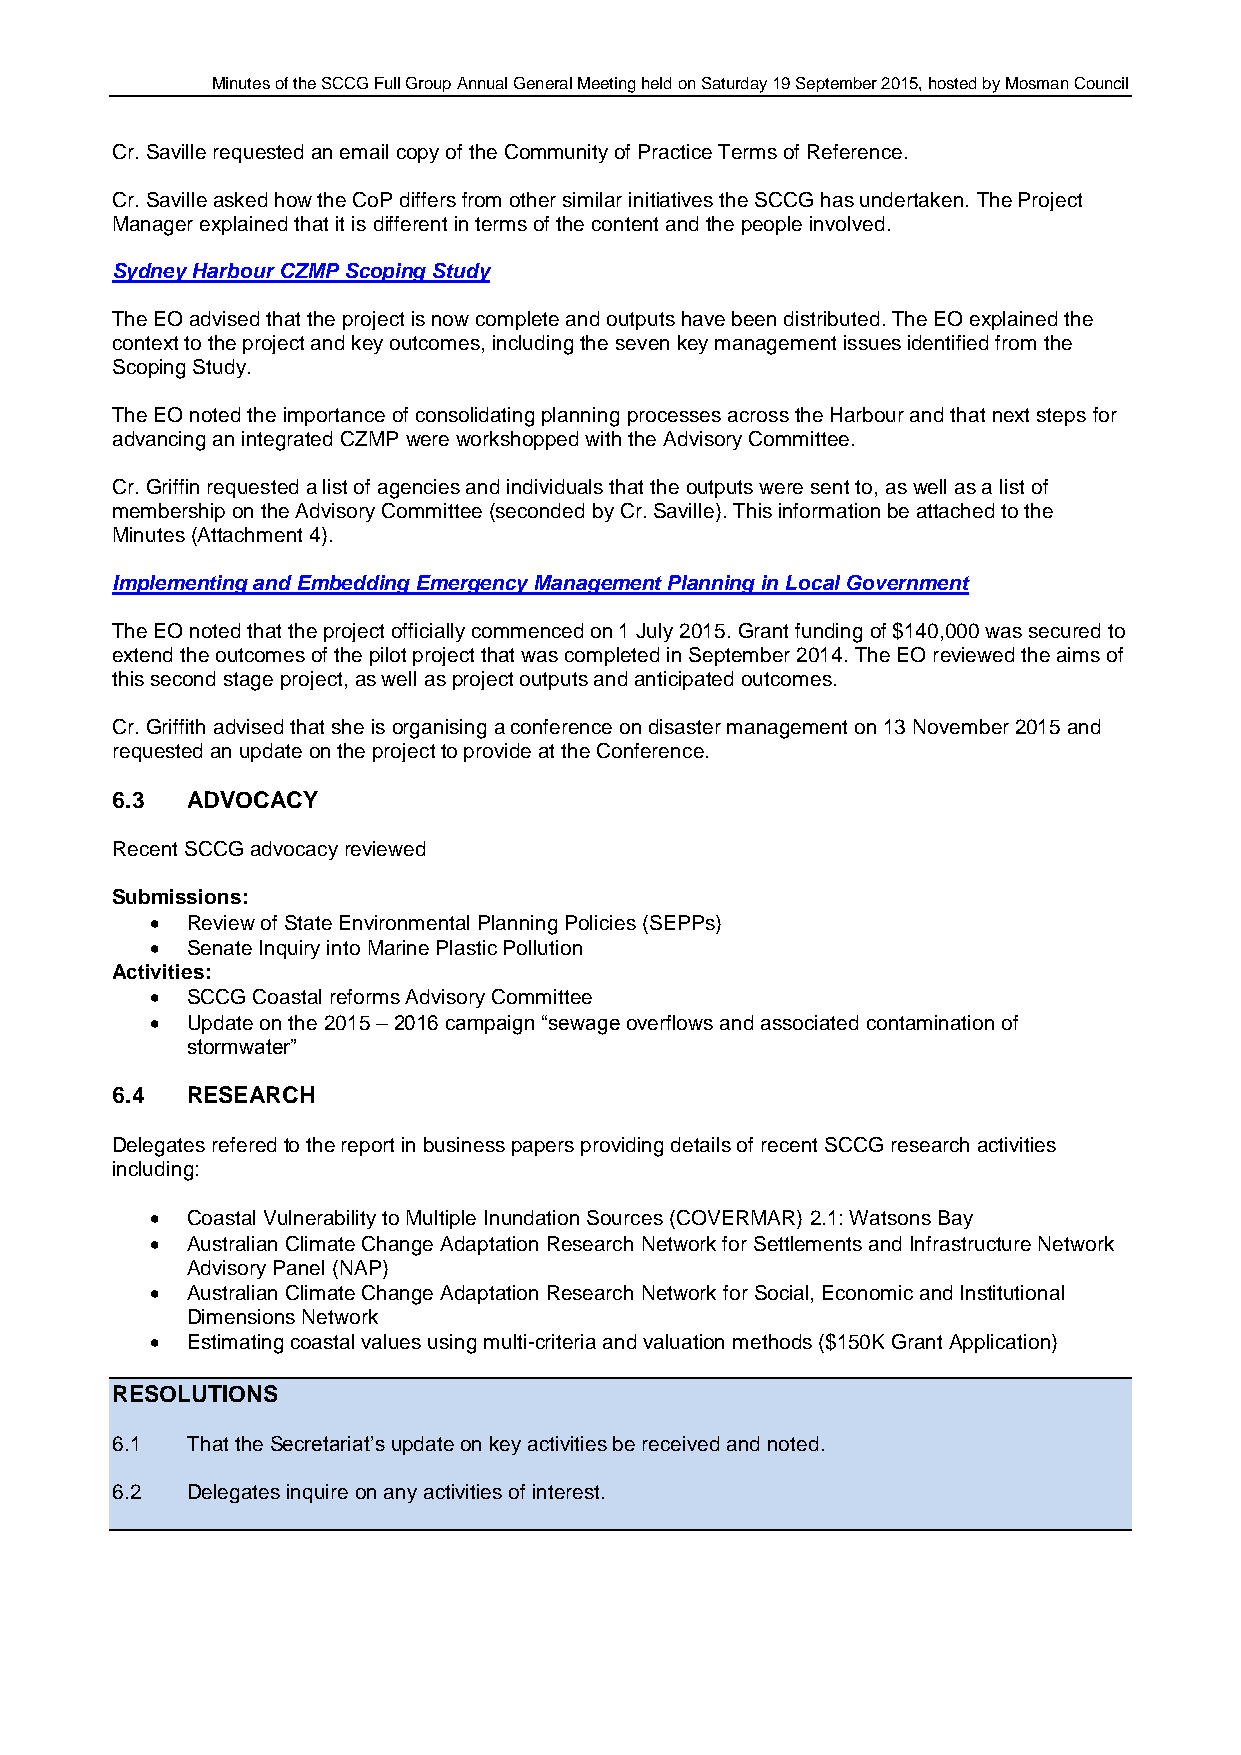
Minutes of the SCCG Full Group Annual General Meeting held on Saturday 19 September 2015, hosted by Mosman Council
 Cr. Saville requested an email copy of the Community of Practice Terms of Reference.
 Cr. Saville asked how the CoP differs from other similar initiatives the SCCG has undertaken. The Project
 Manager explained that it is different in terms of the content and the people involved.
 Sydney Harbour CZMP Scoping Study
 The EO advised that the project is now complete and outputs have been distributed. The EO explained the
 context to the project and key outcomes, including the seven key management issues identified from the
 Scoping Study.
 The EO noted the importance of consolidating planning processes across the Harbour and that next steps for
 advancing an integrated CZMP were workshopped with the Advisory Committee.
 Cr. Griffin requested a list of agencies and individuals that the outputs were sent to, as well as a list of
 membership on the Advisory Committee (seconded by Cr. Saville). This information be attached to the
 Minutes (Attachment 4).
 Implementing and Embedding Emergency Management Planning in Local Government
 The EO noted that the project officially commenced on 1 July 2015. Grant funding of $140,000 was secured to
 extend the outcomes of the pilot project that was completed in September 2014. The EO reviewed the aims of
 this second stage project, as well as project outputs and anticipated outcomes.
 Cr. Griffith advised that she is organising a conference on disaster management on 13 November 2015 and
 requested an update on the project to provide at the Conference.
 6.3  ADVOCACY
 Recent SCCG advocacy reviewed
 Submissions:
  Review of State Environmental Planning Policies (SEPPs)
  Senate Inquiry into Marine Plastic Pollution
 Activities:
  SCCG Coastal reforms Advisory Committee
  Update on the 2015 – 2016 campaign “sewage overflows and associated contamination of
 stormwater”
 6.4  RESEARCH
 Delegates refered to the report in business papers providing details of recent SCCG research activities
 including:
  Coastal Vulnerability to Multiple Inundation Sources (COVERMAR) 2.1: Watsons Bay
  Australian Climate Change Adaptation Research Network for Settlements and Infrastructure Network
 Advisory Panel (NAP)
  Australian Climate Change Adaptation Research Network for Social, Economic and Institutional
 Dimensions Network
  Estimating coastal values using multi-criteria and valuation methods ($150K Grant Application)
 RESOLUTIONS
 6.1  That the Secretariat’s update on key activities be received and noted.
 6.2  Delegates inquire on any activities of interest.